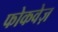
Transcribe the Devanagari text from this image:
फोकवेज़